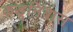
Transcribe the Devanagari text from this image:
कडूनिंबास